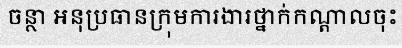
ចន្ថា អនុប្រធានក្រុមការងារថ្នាក់កណ្តាលចុះ